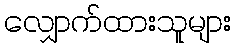
လျှောက်ထားသူများ